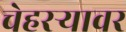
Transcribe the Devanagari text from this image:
चेहरऱ्यावर